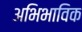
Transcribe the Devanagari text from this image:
अभिभाविक